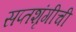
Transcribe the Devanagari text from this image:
सप्तशृंगीची